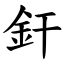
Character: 釬